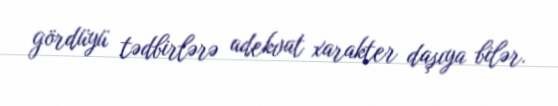
gördüyü tədbirlərə adekvat xarakter daşıya bilər.